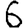
Digit: 6